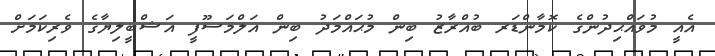
އެއީ މުވައްޙިދުންގެ ކޮމާންޑަރ ބުއްރާޒު ބިން މުޙައްމަދު ބިން އަލްމަސޫފީ އަޝްބީލިޔާގެ ވެރިކަމަށް